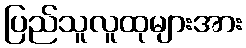
ပြည်သူလူထုများအား